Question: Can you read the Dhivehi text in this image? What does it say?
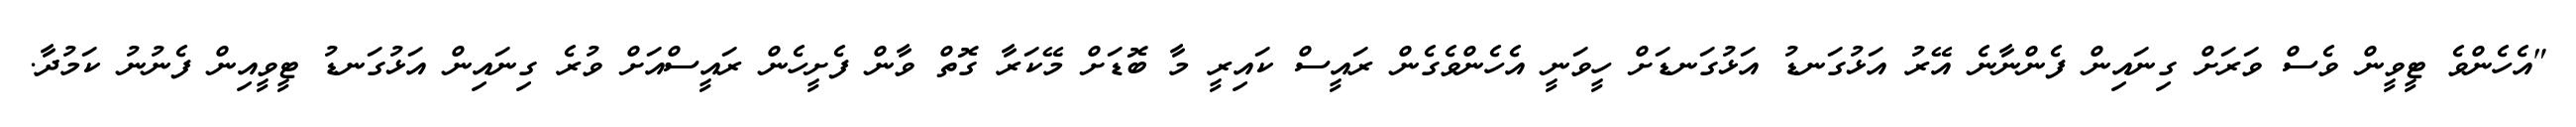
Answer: "އެހެންވެ ޓީވީން ވެސް ވަރަށް ގިނައިން ފެންނާނެ އޭރު އަޅުގަނޑު އަޅުގަނޑަށް ހީވަނީ އެހެންވެގެން ރައީސް ކައިރީ މާ ބޮޑަށް މޭކަރާ ގޮތް ވާން ފެށީހެން ރައީސްއަށް ވުރެ ގިނައިން އަޅުގަނޑު ޓީވީއިން ފެނުނު ކަމުދާ.